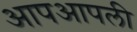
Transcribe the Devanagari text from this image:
आपआपली